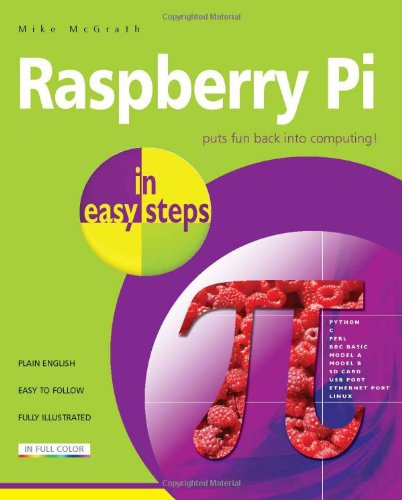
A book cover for Raspberry Pi in Easy Steps; Mike McGrath; Computers & Technology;